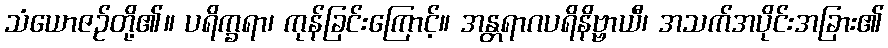
သံယောဇဉ်တို့၏။ ပရိက္ခရာ၊ ကုန်ခြင်းကြောင့်။ အန္တရာဂပရိနိဗ္ဗာယီ၊ အသက်အပိုင်းအခြား၏